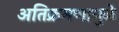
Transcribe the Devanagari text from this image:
अतिक्रमणामु़ळे